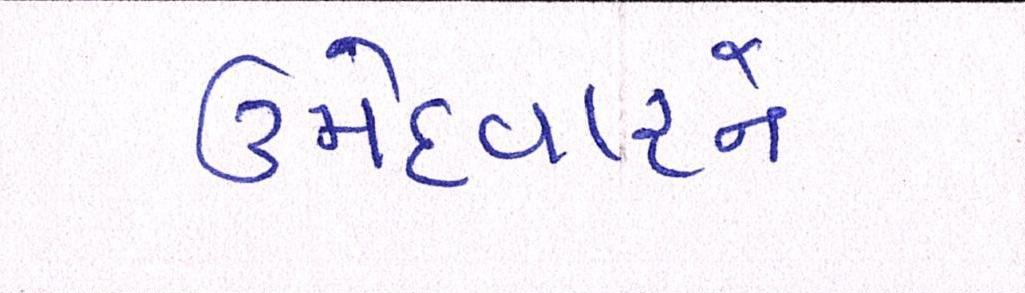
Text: ઉમેદવારને